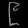
Digit: ၉